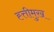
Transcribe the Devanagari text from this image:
ह्त्तीमुख